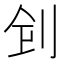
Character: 𠛲